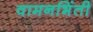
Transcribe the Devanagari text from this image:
वामनभिंती